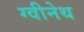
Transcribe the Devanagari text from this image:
ग्वीनेथ